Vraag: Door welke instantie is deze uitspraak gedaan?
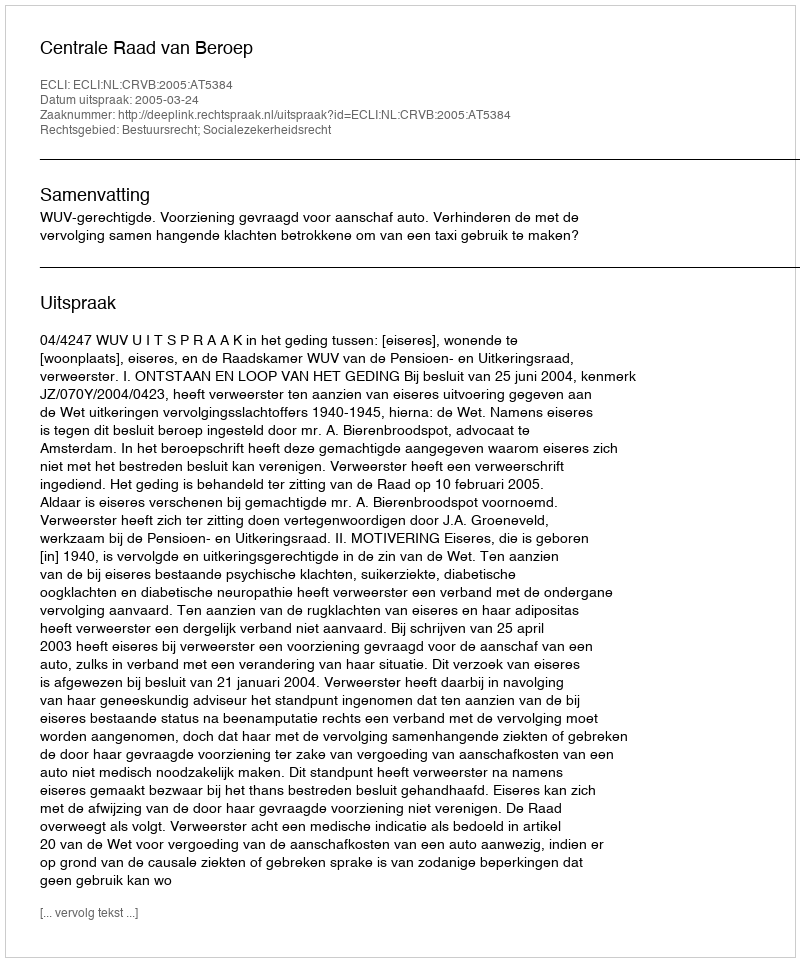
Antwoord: Centrale Raad van Beroep